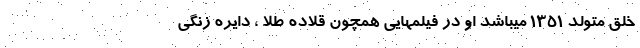
خلق متولد 1351 میباشد او در فیلمهایی همچون قلاده طلا ، دایره زنگی